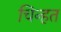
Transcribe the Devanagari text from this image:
चिन्हत